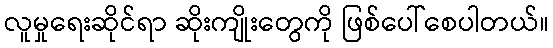
လူမှုရေးဆိုင်ရာ ဆိုးကျိုးတွေကို ဖြစ်ပေါ်စေပါတယ်။